Report of the King Institute of Preventive Medicine, Guindy
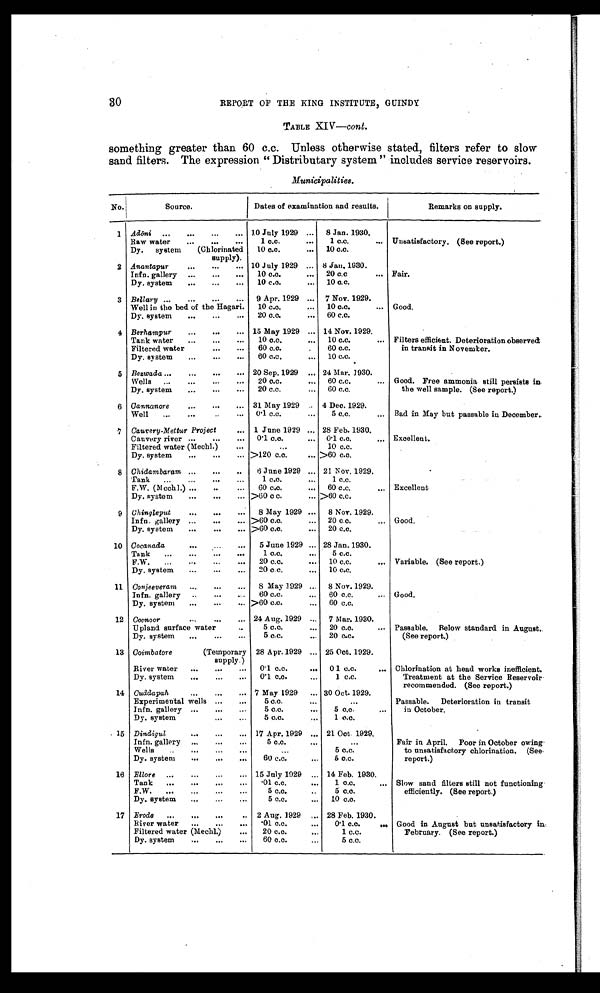
30
REPORT OF THE KING INSTITUTE, GUINDY
TABLE XIV—cont.
something greater than 60 c.c. Unless otherwise stated, filters refer to slow
sand filters. The expression “Distributary system” includes service reservoirs.
Municipalities.
No.
Source.
Dates of examination and results.
Remarks on supply.
1 Adōni
...
... ... "
10 July 1929 ...
8 Jan. 1930.
Raw water
...
...
...
1 c.c.
...
1 c.c.
... Unsatisfactory. (See report.)
Dy.
system
(Chlorinated
10 c.c.
...
10 c.c.
supply).
2 Anantapur ...
...
... 10 July 1929 ... 8 Jan. 1930.
Infn. gallery ...
...
...
10 c.c.
...
20 c.c
... Fair.
Dy. system
...
...
10 c.c.
...
10 c.c.
3 Bellary ...
...
...
...
9 Apr. 1929 ... 7 Nov. 1929.
Well in the bed of the Hagari.
10 c.c.
...
10 c.c.
... Good.
Dy. system
...
...
...
20 c.c.
...
60 c.c.
4 Berhampur...
... 15 May 1929 ... 14 Nov. 1929.
Tank water
...
...
...
10 c.c.
...
10 c.c.
... Filters efficient. Deterioration observed
Filtered water
...
...
60 c.c.
...
60 c.c.
in transit in November.
Dy. system...
...
60 c.c.
...
10 c.c.
5 Bezwada ...
...
... 20 Sep. 1929 ... 24 Mar. 1930.
Wells
...
...
...
...
20 c.c.
...
60 c.c.
... Good. Free ammonia still persists in
Dy. system
...
...
...
20 c.c.
...
60 c.c.
the well sample. (See report.)
6 Cannanore ...
...
... 31 May 1929 ... 4 Dec. 1929.
Well
...
...
...
0.1 c.c.
...
5 c.c.
... Bad in May but passable in December.
7 Cauvery-Mettur Project
... 1 June 1929 ... 28 Feb. 1930.
Cauvery ri ver . . .
0.1 c.c.
... 0.1 c.c.
... Excellent.
Filtered water (Mechl.)
...
...
10 c.c.
Dy. system
...
...
... >120 c.c.
... >60 c.c.
8 Chidambaram ...
...
..
6 June 1929 ... 21 Nov. 1929.
Tank
...
...
...
...
1 c.c.
...
1 c.c.
F.W. (Mechl.) ... . . .
. . .
60 c.c.
...
60 c.c.
... Excellent
Dy. system
...
...
... >60 c c.
... >60 c.c.
9 Chingleput
... ...
8 May 1929 ...
8 Nov. 1929.
Infn. gallery ...
...
... >60 c.c.
...
20 c.c.
... Good.
Dy. system
...
... >60 c.c.
...
20 c.c.
10 Cocanada ...
5 June 1929 ... 28 Jan. 1930.
Tank
...
...
...
. . .
1 c.c.
...
5 c.c.
F.W.
...
...
...
...
20 c.c.
...
10 c.c.
... Variable. (See report.)
Dy. system
...
...
...
20 c.c.
...
10 c.c.
11 Conjeeveram ...
...
...
8 May 1929 ...
8 Nov. 1929.
Infn. gallery
..
...
...
60 c.c.
...
60 c.c.
... Good.
Dy. system
...
...
... >60 c.c.
...
60 c.c.
12 Coonoor ...
...
... 24 Aug. 1929 ...
7 Mar. 1930.
Upland surface water
. . .
5 c.c.
...
20 c.c.
... Passable.
Below standard in August.
Dy. system
...
...
...
5 c.c.
...
20 c.c.
(See report.)
13 Coimbatore (Temporary 28 Apr. 1929 ... 25 Oct. 1929.
supply.)
River water
...
...
...
0.1 c.c.
...
0.1 c.c.
... Chlorination at head works inefficient.
Dy. system
...
...
...
0.1 c.c.
...
1 c.c.
Treatment at the Service Reservoir
recommended. (See report.)
14 Cuddapah
...
...
... 7 May 1929
... 30 Oct. 1929.
Experimental wells ...
. . .
5 c . c .
...
...
Passable.
Deterioration in transit
Infn. gallery ...
...
. . .
5 c.c.
...
5 c.c.
...
in October.
Dy. system
. . .
5 c.c.
...
1 c.c.
15 Dindigul
...
... 17 Apr. 1929 ... 21 Oct. 1929.
Infn. gallery ...
...
. . .
5 c.c.
...
. . .
Fair in April.
Poor in October owing
Wells
... . . .
. , .
. . .
5 c.c.
to unsatisfactory chlorination. (See
Dy. system
...
... ...
60 c.c.
...
5 c.c.
report.)
16 Ellore ...
...
...
... 15 July 1929 ... 14 Feb. 1930.
Tank
...
...
...
.01 c.c.
. . .
1 c.c.
... Slow sand filters still not functioning
F.W.
...
...
...
...
5 c.c.
..
5 c.c.
efficiently. (See report.)
Dy. system
...
...
...
5 c.c.
...
10 c.c.
17 Erode
...
...
...
. . 2 Aug. 1929 ... 28 Feb. 1930.
River water
...
...
...
.01 c.c.
. . .
0.1 c.c.
... Good in August but unsatisfactory in
Filtered water (Mechl.)
...
20 c.c.
. . .
1 c.c.
February. (See report.)
Dy. system
...
...
...
60 c.c.
...
5 c.c.